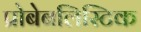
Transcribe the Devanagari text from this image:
प्रोबेबलिस्टिक